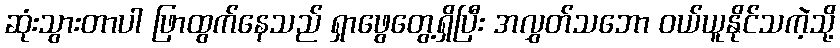
ဆုံးသွားတာပါ ဖြာထွက်နေသည် ရှာဖွေတွေ့ရှိပြီး အလွှတ်သဘော ဝယ်ယူနိုင်သကဲ့သို့